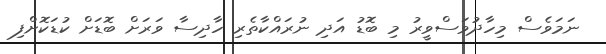
ނަމަވެސް މިހާދުވަސްވީރު މި ބޮޑު އަދި ނުރައްކާތެރި ހާދިސާ ވަރަށް ބޮޑަށް ކުޑަކޮށްފި